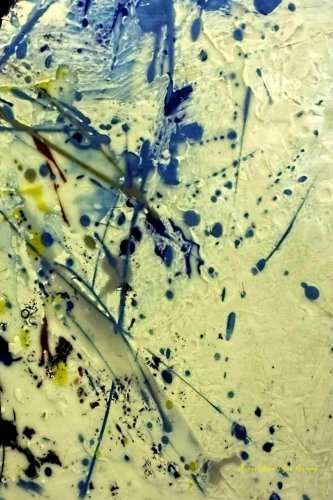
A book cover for Journal Your Life's Journey: Rusty Paint Splash, Lined Journal, 6 x 9, 100 Pages; Journal Your Life's Journey; Teen & Young Adult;